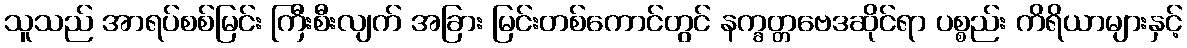
သူသည် အာရပ်စစ်မြင်း ကြီးစီးလျက် အခြား မြင်းတစ်ကောင်တွင် နက္ခတ္တဗေဒဆိုင်ရာ ပစ္စည်း ကိရိယာများနှင့်